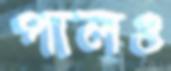
পালও